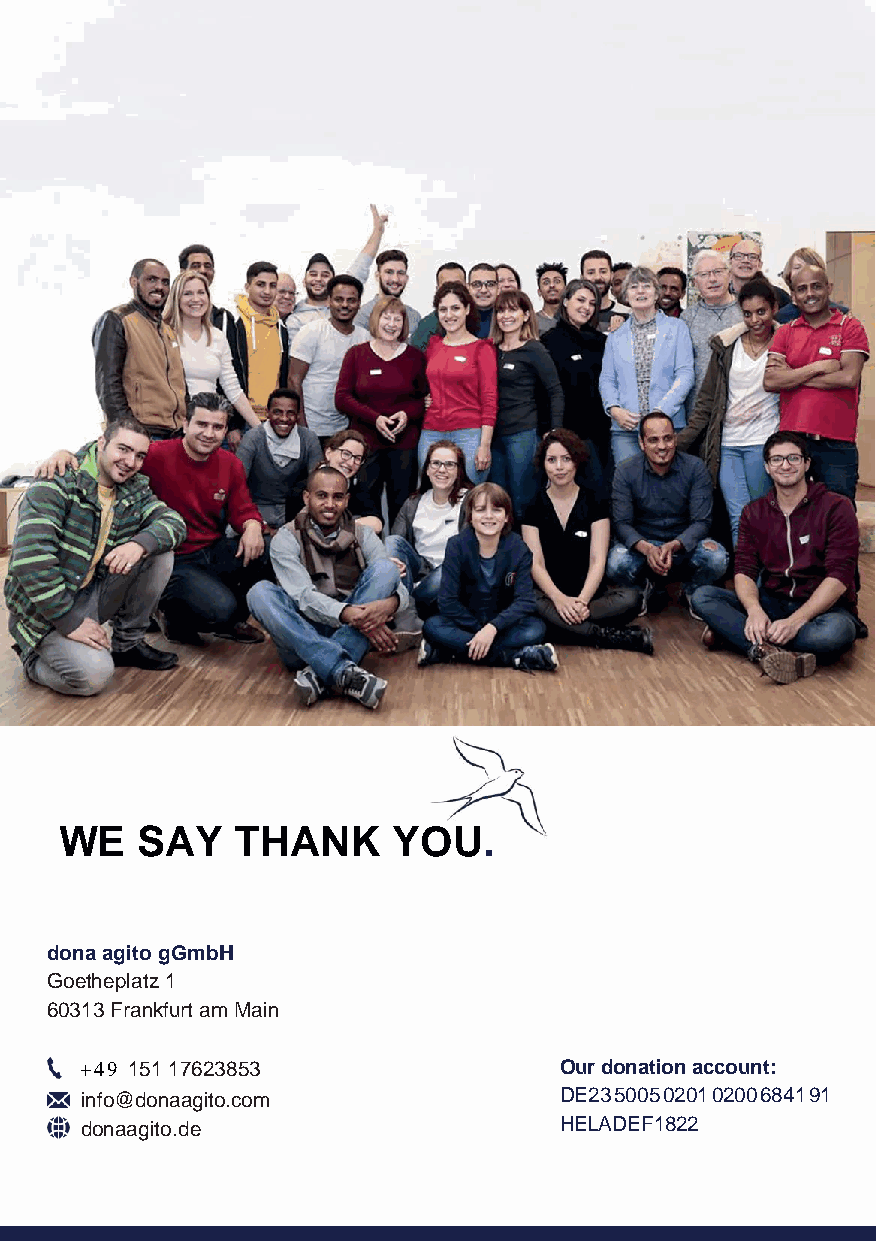
WE   SAY    THANK     YOU.
 dona agito gGmbH
 Goetheplatz 1
 60313 Frankfurt am Main
 +49 151 17623853                Our donation account:
 info@donaagito.com              DE23 5005 0201 0200 6841 91
 donaagito.de                    HELADEF1822